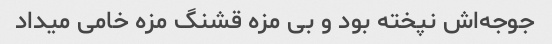
جوجه‌اش نپخته بود و بی مزه قشنگ مزه خامی میداد